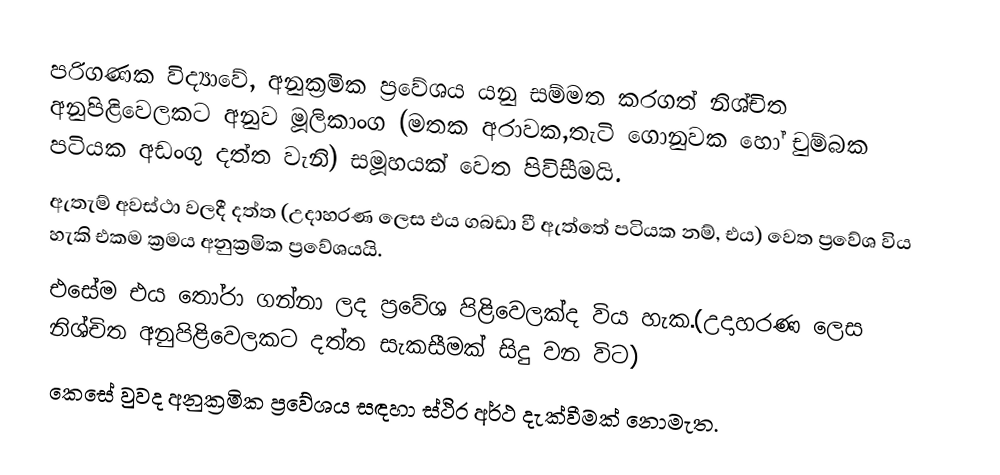
පරිගණක විද්‍යාවේ, අනුක්‍රමික ප්‍රවේශය යනු සම්මත කරගත් නිශ්චිත අනුපිළිවෙලකට අනුව මූලිකාංග (මතක අරාවක,තැටි ගොනුවක හෝ චුම්බක පටියක අඩංගු දත්ත වැනි) සමූහයක් වෙත පිවිසීමයි.
ඇතැම් අවස්ථා වලදී දත්ත (උදාහරණ ලෙස එය ගබඩා වී ඇත්තේ පටියක නම්, එය) වෙත ප්‍රවේශ විය හැකි එකම ක්‍රමය අනුක්‍රමික ප්‍රවේශයයි.
එසේම එය තෝරා ගන්නා ලද ප්‍රවේශ පිළිවෙලක්ද විය හැක.(උදාහරණ ලෙස නිශ්චිත අනුපිළිවෙලකට දත්ත සැකසීමක් සිදු වන විට)
කෙසේ වුවද අනුක්‍රමික ප්‍රවේශය සඳහා ස්ථිර අර්ථ දැක්වීමක් නොමැත.